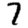
Digit: 7